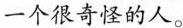
一个很奇怪的人。